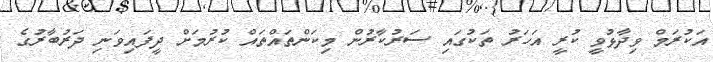
އަކުރަމް ވިދާޅުވީ ކުރީ އަހަރު ތަކުގައި ސަރުކާރުން މިކަންތައްތައް ކުރުމަށް ދީފައިވަނި ދަރުބާރުގެ